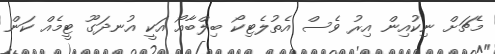
މެޗަށް ނިކުއިން އިރު ވެސް އެތުލެޓިކޯ ބިލްބާއޯ އަކީ އުނދަގޫ ޓީމެއް ކަން